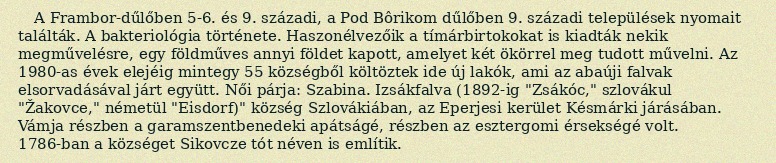
A Frambor-dűlőben 5-6. és 9. századi, a Pod Bôrikom dűlőben 9. századi települések nyomait találták. A bakteriológia története. Haszonélvezőik a tímárbirtokokat is kiadták nekik megművelésre, egy földműves annyi földet kapott, amelyet két ökörrel meg tudott művelni. Az 1980-as évek elejéig mintegy 55 községből költöztek ide új lakók, ami az abaúji falvak elsorvadásával járt együtt. Női párja: Szabina. Izsákfalva (1892-ig "Zsákóc," szlovákul "Žakovce," németül "Eisdorf)" község Szlovákiában, az Eperjesi kerület Késmárki járásában. Vámja részben a garamszentbenedeki apátságé, részben az esztergomi érsekségé volt. 1786-ban a községet Sikovcze tót néven is említik.